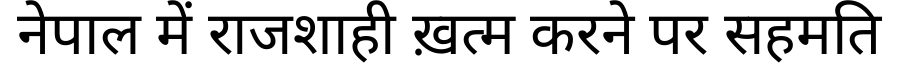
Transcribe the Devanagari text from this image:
नेपाल में राजशाही ख़त्म करने पर सहमति